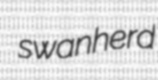
swanherd